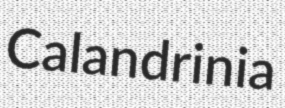
Calandrinia